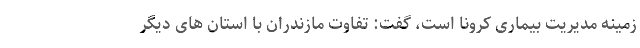
زمینه مدیریت بیماری کرونا است، گفت: تفاوت مازندران با استان های دیگر